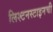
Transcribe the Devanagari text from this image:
लिश्टनस्टाइनची